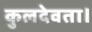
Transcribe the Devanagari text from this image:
कुलदेवता।